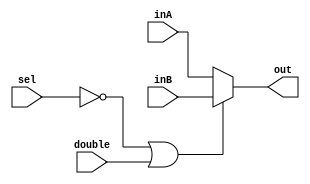
`timescale 1ns / 1ps
//////////////////////////////////////////////////////////////////////////////////
// Company: 
// Engineer: 
// 
// Design Name: 
// Module Name:    Mux_PC 
// Project Name: 
// Target Devices: 
// Tool versions: 
// Description: 
//
// Dependencies: 
//
// Revision: 
// Revision 0.01 - File Created
// Additional Comments: 
//
//////////////////////////////////////////////////////////////////////////////////
module MuxCLA(
		output reg [31:0] out, 
		input [31:0] inA, 
		input [31:0] inB,
		input [2:0] sel,
		input double
		);

	always@(inA,inB,sel, double)begin
	
		if(sel==3'b000 || double == 1)begin
			out <= inB;
		end
		
		else begin
			out <= inA;
		end
		
	end



endmodule